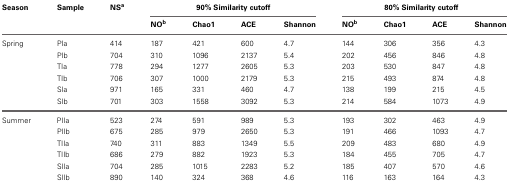
<table><thead><tr><td><b>Season</b></td><td><b>Sample</b></td><td><b>NS<sup>a</sup></b></td><td colspan="4"><b>90% Similarity cutoff</b></td><td colspan="4"><b>80% Similarity cutoff</b></td></tr><tr><td></td><td></td><td></td><td><b>NO<sup>b</sup></b></td><td><b>Chao1</b></td><td><b>ACE</b></td><td><b>Shannon</b></td><td><b>NO<sup>b</sup></b></td><td><b>Chao1</b></td><td><b>ACE</b></td><td><b>Shannon</b></td></tr></thead><tbody><tr><td>Spring</td><td>PIa</td><td>414</td><td>187</td><td>421</td><td>600</td><td>4.7</td><td>144</td><td>306</td><td>356</td><td>4.3</td></tr><tr><td></td><td>PIb</td><td>704</td><td>310</td><td>1096</td><td>2137</td><td>5.4</td><td>202</td><td>456</td><td>846</td><td>4.8</td></tr><tr><td></td><td>TIa</td><td>778</td><td>294</td><td>1277</td><td>2605</td><td>5.3</td><td>203</td><td>530</td><td>847</td><td>4.8</td></tr><tr><td></td><td>TIb</td><td>706</td><td>307</td><td>1000</td><td>2179</td><td>5.3</td><td>215</td><td>493</td><td>874</td><td>4.8</td></tr><tr><td></td><td>SIa</td><td>971</td><td>165</td><td>331</td><td>460</td><td>4.7</td><td>138</td><td>199</td><td>215</td><td>4.5</td></tr><tr><td></td><td>SIb</td><td>701</td><td>303</td><td>1558</td><td>3092</td><td>5.3</td><td>214</td><td>584</td><td>1073</td><td>4.9</td></tr><tr><td>Summer</td><td>PIIa</td><td>523</td><td>274</td><td>591</td><td>989</td><td>5.3</td><td>193</td><td>302</td><td>463</td><td>4.9</td></tr><tr><td></td><td>PIIb</td><td>675</td><td>285</td><td>979</td><td>2650</td><td>5.3</td><td>191</td><td>466</td><td>1093</td><td>4.7</td></tr><tr><td></td><td>TIIa</td><td>740</td><td>311</td><td>883</td><td>1349</td><td>5.5</td><td>209</td><td>483</td><td>680</td><td>4.9</td></tr><tr><td></td><td>TIIb</td><td>686</td><td>279</td><td>882</td><td>1923</td><td>5.3</td><td>184</td><td>455</td><td>705</td><td>4.7</td></tr><tr><td></td><td>SIIa</td><td>704</td><td>285</td><td>1015</td><td>2283</td><td>5.2</td><td>185</td><td>407</td><td>570</td><td>4.6</td></tr><tr><td></td><td>SIIb</td><td>890</td><td>140</td><td>324</td><td>368</td><td>4.6</td><td>116</td><td>163</td><td>164</td><td>4.3</td></tr></tbody></table>